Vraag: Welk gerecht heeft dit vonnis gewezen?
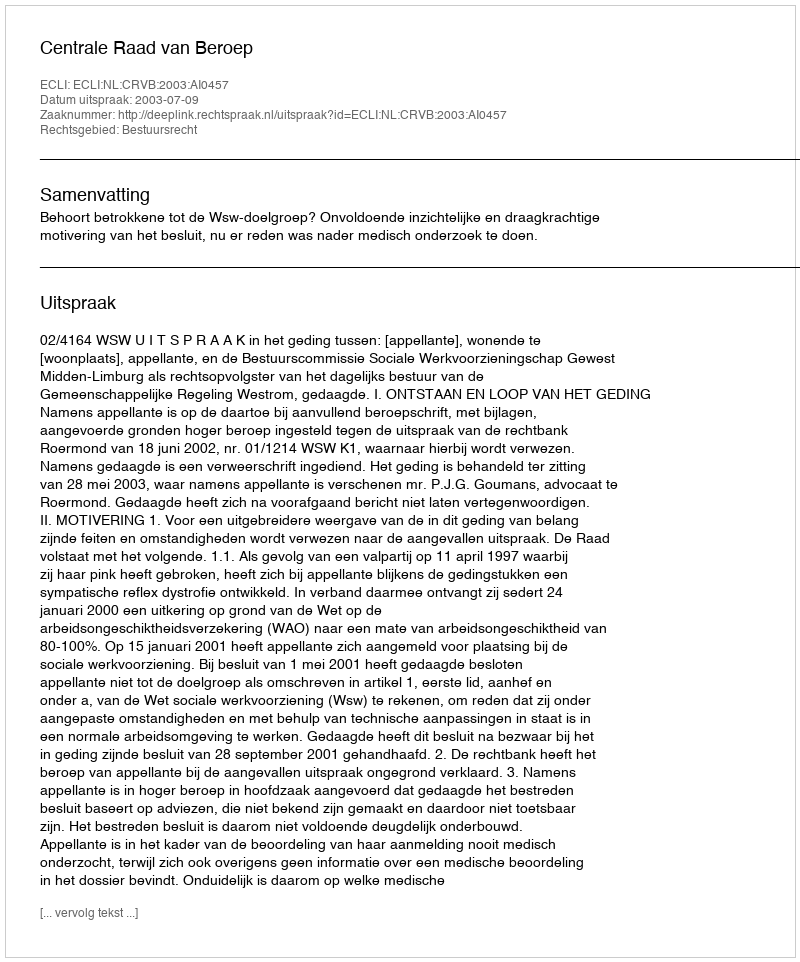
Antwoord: Centrale Raad van Beroep